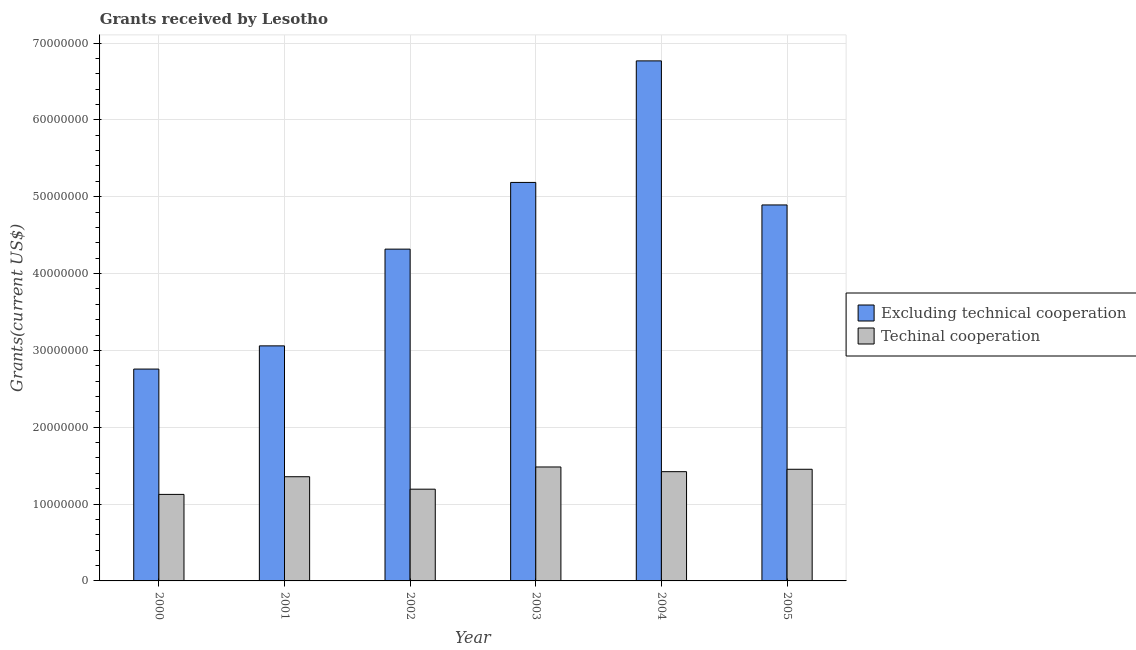
| Year | Excluding technical cooperation | Techinal cooperation |
 | --- | --- | --- |
 | 2000 | 2.76e+07 | 1.13e+07 |
 | 2001 | 3.06e+07 | 1.36e+07 |
 | 2002 | 4.32e+07 | 1.19e+07 |
 | 2003 | 5.19e+07 | 1.48e+07 |
 | 2004 | 6.77e+07 | 1.42e+07 |
 | 2005 | 4.89e+07 | 1.45e+07 |